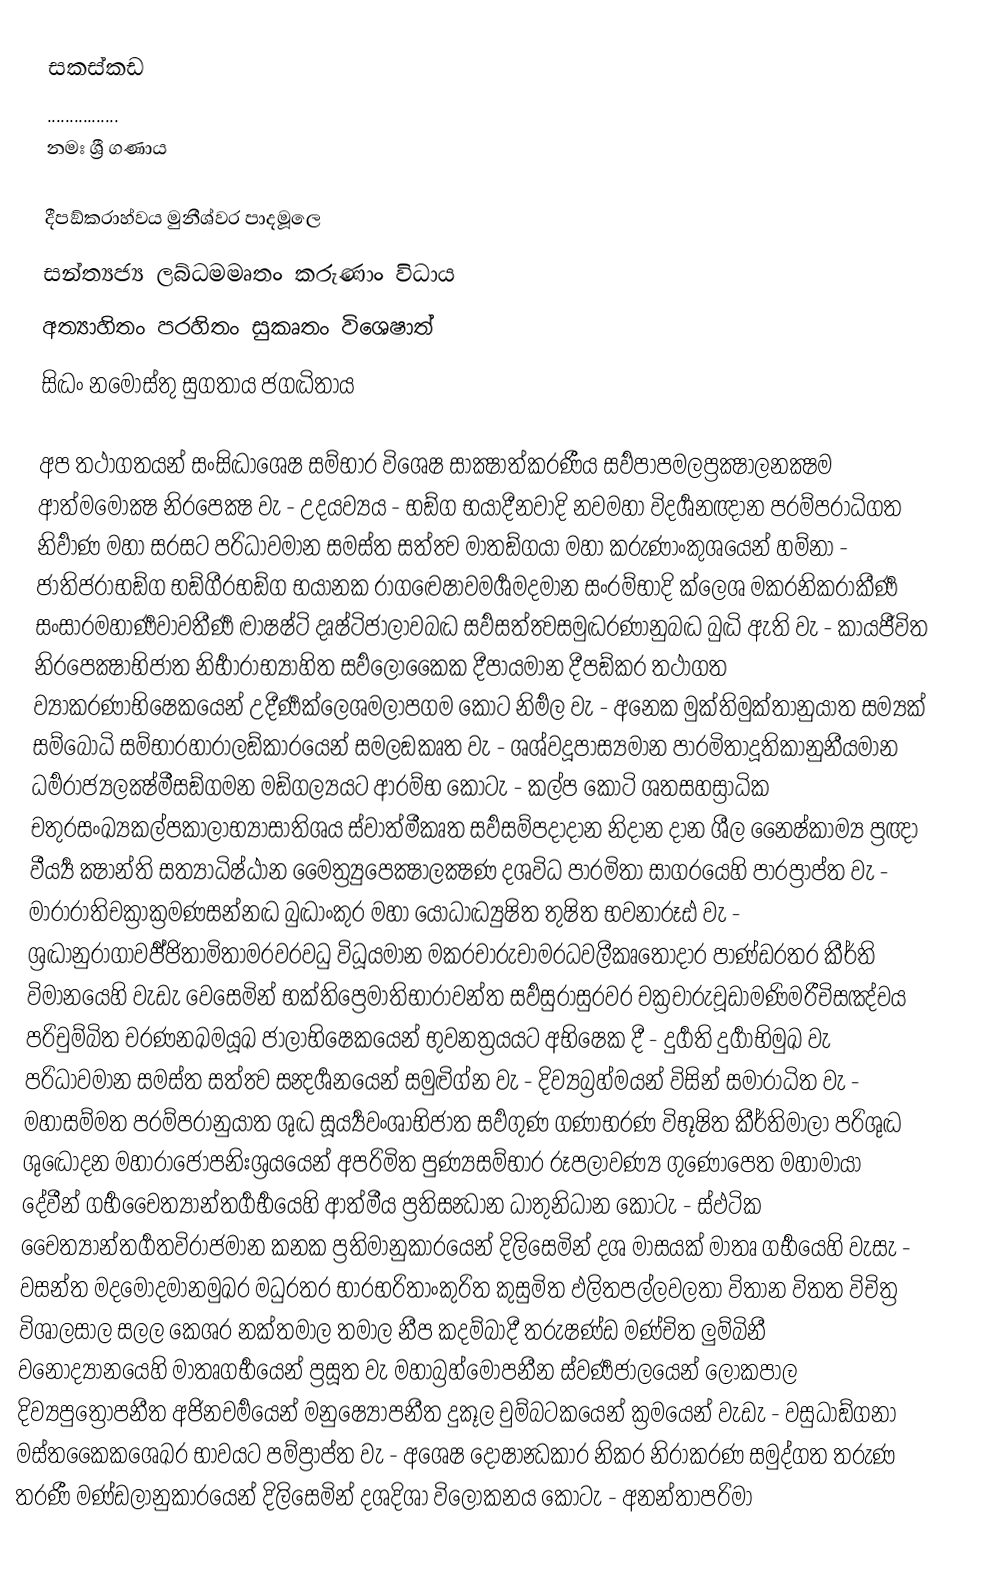
සකස්කඩ
................
නමඃ ශ්‍රී ගණාය

දීපඞ්‍කරාහ්‍වය මුනීශ්‍වර පාදමූලෙ
සන්‍ත්‍යජ්‍ය ලබ්‍ධමමෘතං කරුණාං විධාය
අත්‍යාහිතං පරහිතං සුකෘතං විශෙෂාත්
සිද්‍ධං නමොස්‍තු සුගතාය ජගද්‍ධිතාය

අප තථාගතයන් සංසිද්‍ධාශෙෂ සම්‍භාර විශෙෂ සාක්‍ෂාත්කරණීය සර්‍වපාපමලප්‍රක්‍ෂාලනක්‍ෂම ආත්‍මමොක්‍ෂ නිරපෙක්‍ෂ වැ - උදයව්‍යය - භඞ්‍ග භයාදීනවාදි නවමහා විදර්‍ශනඥාන පරම්‍පරාධිගත නිර්‍වාණ මහා සරසට පරිධාවමාන සමස්‍ත සත්ත්‍ව මාතඞ්‍ගයා මහා කරුණාංකුශයෙන් හම්නා - ජාතිජරාභඞ්‍ග භඞ්‍ගීරභඞ්‍ග භයානක රාගද්‍වෙෂාවමර්‍ශමදමාන සංරම්‍භාදි ක්‍ලෙශ මකරනිකරාකීර්‍ණ සංසාරමහාර්‍ණවාවතීර්‍ණ ද්‍වාෂෂ්‍ටි දෘෂ්‍ටිජාලාවබද්‍ධ සර්‍වසත්ත්‍වසමුද්‍ධරණානුබද්‍ධ බුද්‍ධි ඇති වැ - කායජීවිත නිරපෙක්‍ෂාභිජාත නිර්‍භාරාභ්‍යාහිත සර්‍වලොකෛක දීපායමාන දීපඞ්‍කර තථාගත ව්‍යාකරණාභිෂෙකයෙන් උදීර්‍ණක්‍ලෙශමලාපගම කොට නිර්‍මල වැ - අනෙක මුක්‍තිමුක්‍තානුයාත සම්‍යක් සම්‍බොධි සම්‍භාරහාරාලඞ්‍කාරයෙන් සමලඞකෘත වැ - ශශ්‍වදූපාස්‍යමාන පාරමිතාදූතිකානුනීයමාන ධර්‍මරාජ්‍යලක්‍ෂ්මීසඞ්‍ගමන මඞ්‍ගල්‍යයට ආරම්‍භ කොටැ - කල්ප කොටි ශතසහස්‍රාධික චතුරසංඛ්‍යකල්‍පකාලාභ්‍යාසාතිශය ස්‍වාත්‍මීකෘත සර්‍වසම්‍පදාදාන නිදාන දාන ශීල නෛෂ්‍කාම්‍ය ප්‍රඥා වීර්‍ය්‍ය ක්‍ෂාන්‍ති සත්‍යාධිෂ්‍ඨාන මෛ‍ත්‍ර්‍යුපෙක්‍ෂාලක්‍ෂණ දශවිධ පාරමිතා සාගරයෙහි පාරප්‍රාප්‍ත වැ - මාරාරාතිචක්‍රාක්‍රමණසන්නද්‍ධ බුද්‍ධාංකුර මහා යොධාද්‍ධ්‍යුෂිත තුෂිත භවනාරූඪ වැ - ශ්‍රද්‍ධානුරාගාවර්‍ජ්‍ජිතාමිතාමරවරවධු විධූයමාන මකරචාරුචාමරධවලීකෘතොදාර පාණ්‍ඩරතර කීර්ති විමානයෙහි වැඩැ වෙසෙමින් භක්‍තිප්‍රෙමාතිභාරාවන්‍ත සර්‍වසුරාසුරවර චක්‍රචාරුචූඩාමණිමරීචිසඤ්‍චය පරිචුම්‍බිත චරණනඛමයූඛ ජාලාභිෂෙකයෙන් භුවනත්‍රයයට අභිෂෙක දී - දුර්‍ගති දුර්‍ගාභිමුඛ වැ පරිධාවමාන සමස්‍ත සත්ත්‍ව සන්‍දර්‍ශනයෙන් සමුද්‍විග්‍න වැ - දිව්‍යබ්‍රහ්‍මයන් විසින් සමාරාධිත වැ - මහාසම්‍මත පරම්‍පරානුයාත ශුද්‍ධ සූර්‍ය්‍යවංශාභිජාත සර්‍වගුණ ගණාභරණ විභූෂිත කීර්තිමාලා පරිශුද්‍ධ ශුද්‍ධොදන මහාරාජොපනිඃශ්‍රයයෙන් අපරිමිත පුණ්‍යසම්‍භාර රූපලාවණ්‍ය ගුණොපෙත මහාමායා දේවීන් ගර්‍භචෛත්‍යාන්‍තර්‍ගර්‍භයෙහි ආත්‍මීය ප්‍රතිසන්‍ධාන ධාතුනිධාන කොටැ - ස්‍ඵටික චෛත්‍යාන්‍තර්‍ගතවිරාජමාන කනක ප්‍රතිමානුකාරයෙන් දිලිසෙමින් දශ මාසයක් මාතෘ ගර්‍භයෙහි වැසැ - වසන්‍ත මදමොදමානමුඛර මධුරතර භාරභරිතාංකුරිත කුසුමිත ඵලිතපල්‍ලවලතා විතාන විතත විචිත්‍ර විශාලසාල සලල කෙශර නක්‍තමාල තමාල නීප කදම්‍බාදී තරුෂණ්‍ඩ මණ්‍චිත ලුම්‍බිනී වනොද්‍යානයෙහි මාතෘගර්‍භයෙන් ප්‍රසූත වැ මහාබ්‍රහ්මොපනීන ස්‍වර්‍ණජාලයෙන් ලොකපාල දිව්‍යපුත්‍රොපනීත අජිනචර්‍මයෙන් මනුෂ්‍යොපනීත දුකූල චුම්‍බටකයෙන් ක්‍රමයෙන් වැඩැ - වසුධාඞ්‍ගනා මස්‍තකෛකශෙඛර භාවයට පම්‍ප්‍රාප්ත වැ - අශෙෂ දොෂාන්‍ධකාර නිකර නිරාකරණ සමුද්‍ගත තරුණ තරණී මණ්‍ඩලානුකාරයෙන් දිලිසෙමින් දශදිශා විලෝකනය කොටැ - අනන්‍තාපරිමා